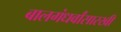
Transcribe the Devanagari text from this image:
बालगंधर्वांसारखी